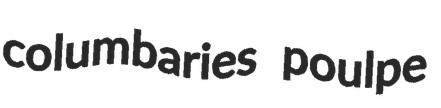
columbaries poulpe